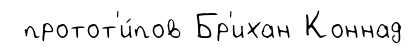
протот'и́пов Бр'ихан Коннад